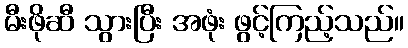
မီးဖိုဆီ သွားပြီး အဖုံး ဖွင့်ကြည့်သည်။